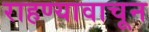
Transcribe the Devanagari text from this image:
राहण्यावाचून